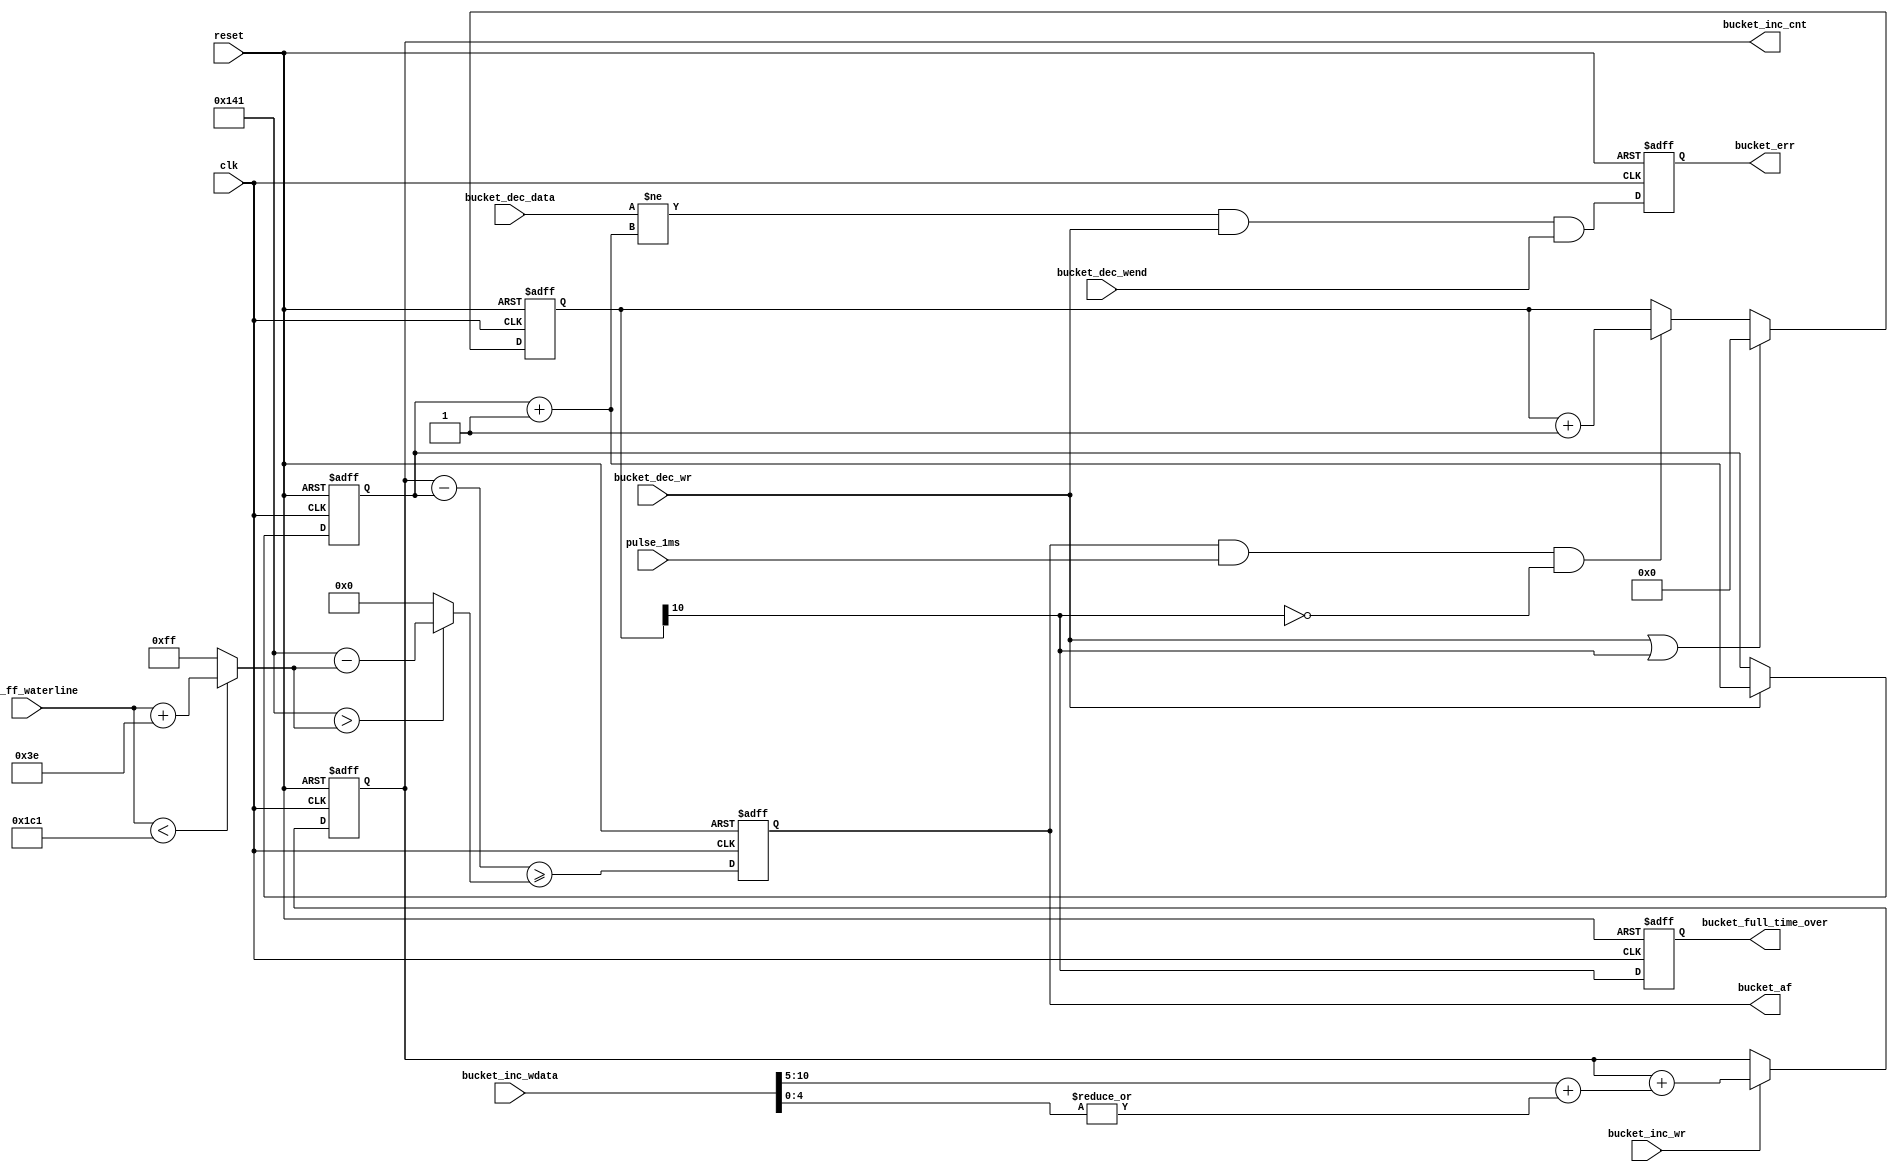
//
//------------------------------------------------------------------------------
//     Copyright (c) 2017 Huawei Technologies Co., Ltd. All Rights Reserved.
//
//     This program is free software; you can redistribute it and/or modify
//     it under the terms of the Huawei Software License (the "License").
//     A copy of the License is located in the "LICENSE" file accompanying
//     this file.
//
//     This program is distributed in the hope that it will be useful,
//     but WITHOUT ANY WARRANTY; without even the implied warranty of
//     MERCHANTABILITY or FITNESS FOR A PARTICULAR PURPOSE. See the
//     Huawei Software License for more details.
//------------------------------------------------------------------------------

`resetall
`timescale      1ns/1ns

module bucket_proc #
    (
      parameter       FIFO_DEPTH         = 9'h1ff  ,
      parameter       DEPTH_WIDTH        = 9       ,
      parameter       LEN_WIDTH          = 11      ,
      parameter       DATA_BWIDTH        = 5       ,
      parameter       MAX_FRM_CNT        = 9'd62   ,
      parameter       REV_LEN            = 9'd128
     )
    (
    // global interface
    input  wire                       clk                   ,//i  1   
    input  wire                       reset                 ,//i  1  

    // bk_int interface
    input  wire  [(DEPTH_WIDTH-1):0]  data_ff_waterline     ,//i  10 
    input  wire                       bucket_inc_wr         ,//i  1 
    input  wire  [(LEN_WIDTH-1):0]    bucket_inc_wdata      ,//i  11
    input  wire                       bucket_dec_wr         ,//i  1 
    input  wire  [(DEPTH_WIDTH-1):0]  bucket_dec_data       ,//i  9
    input  wire                       bucket_dec_wend       ,//i  1 
    input  wire                       pulse_1ms             ,//i  1 
    output reg   [(DEPTH_WIDTH-1):0]  bucket_inc_cnt        ,//o  9 
    output reg                        bucket_af             ,//o  1 
    // others
    output reg                        bucket_err            ,//o  1   
    output reg                        bucket_full_time_over  //o  1   
    );

/******************************************************************************\
    parameters
\******************************************************************************/
localparam      COM_WIDTH          = DEPTH_WIDTH + DATA_BWIDTH - LEN_WIDTH;
localparam      AFF_WL             = FIFO_DEPTH - MAX_FRM_CNT;
/******************************************************************************\
    signal
\******************************************************************************/

reg  [10:0]                 bucket_time_over_cnt;
wire [(DEPTH_WIDTH-1):0]    bucket_inc_pre;
reg  [(DEPTH_WIDTH-1):0]    bucket_dec_cnt;
wire [(DEPTH_WIDTH-1):0]    fifo_size;
wire [(DEPTH_WIDTH-1):0]    fifo_used;
wire [(DEPTH_WIDTH-1):0]    allow_bucket_len;
wire [(DEPTH_WIDTH-1):0]    onway_bucket_len;
wire                        bucket_cnt_err;
/******************************************************************************\
    processes
\******************************************************************************/

//=============================Token bucket Mannger=============================
////////////////////////////////////////////////////////////////////////////////
//clk               |   |   |   |   |   |   |   |   |   |   |
//                  ________________________________ ___________
//port              ________|_0_____________________|_1_________
//                               _______________
//port0_rxff_rd     ____________|               |_______________
//                  ____ ___ ___ ___________ ___ ___ ___ _______
//port0_rdata       _x__|_x_|_x_|_x_|_x_|_0_|_1_|_2_|_3_|_______
//                  ____ ___ ___ ___________ ___ ___ ___ _______
//bucket_inc_pre   _x__|_x_|_x_|_x_|_x_|_a_|_b_|_c_|_d_|_______
//                  ____ ___ ___ ___ ___________ ___ ___ ___ __
//bucket_inc       _x__|_x_|_x_|_x_|_x_|_x_|_a_|_b_|_c_|_d_|__
//                                           _______
//port0_rd_unallow  ________________________|       |___________
//                                               ___
//sch_end           ____________________________|   |___________
//                               _______________
//sch_rd            ____________|               |_______________
//                                   _______________
//sch_rd_d1         ________________|               |___________
//                                       _______________
//sch_rd_vld        ____________________|               |_______

//bucket

assign  bucket_inc_pre     = {{(COM_WIDTH){1'b0}},bucket_inc_wdata[(LEN_WIDTH-1):DATA_BWIDTH]}
                             + {{(DEPTH_WIDTH - 1){1'b0}},(|bucket_inc_wdata[(DATA_BWIDTH-1):0])};

assign  fifo_size          = FIFO_DEPTH - MAX_FRM_CNT - REV_LEN;
assign  fifo_used          = (data_ff_waterline < AFF_WL) ? (data_ff_waterline + MAX_FRM_CNT) : {(DEPTH_WIDTH-1){1'b1}};


assign  allow_bucket_len   = (fifo_size > fifo_used) 
                             ? (fifo_size - fifo_used) : {(DEPTH_WIDTH-1){1'b0}};


assign  onway_bucket_len    =  bucket_inc_cnt - bucket_dec_cnt;

always @ (posedge clk or posedge reset)
    if (reset == 1'b1)
        bucket_af <=  1'b0;
    else
        bucket_af <=  (onway_bucket_len >= allow_bucket_len);

always @ (posedge clk or posedge reset)
    if (reset == 1'b1)
        bucket_inc_cnt <=   {(DEPTH_WIDTH){1'b0}};
    else if ( bucket_inc_wr == 1'b1)
        bucket_inc_cnt <=   bucket_inc_cnt
                                 + bucket_inc_pre;


always @ (posedge clk or posedge reset)
    if (reset == 1'b1)
        bucket_dec_cnt <=  {(DEPTH_WIDTH){1'b0}};
    else if (bucket_dec_wr == 1'b1)
        bucket_dec_cnt <=   bucket_dec_cnt
                                 + {{(DEPTH_WIDTH-1){1'b0}},1'b1};

assign bucket_cnt_err  =  (bucket_dec_data
                           != (bucket_dec_cnt  + {{(DEPTH_WIDTH-1){1'b0}},1'b1}))
                          & bucket_dec_wr & bucket_dec_wend;

//bucket full overtime
always @ (posedge clk or posedge reset)
    if (reset == 1'b1)
       bucket_time_over_cnt <=  11'd0;
    else if(bucket_dec_wr | bucket_time_over_cnt[10])
       bucket_time_over_cnt <=  11'd0;
    else if(bucket_af & pulse_1ms &(bucket_time_over_cnt[10] == 1'b0))
       bucket_time_over_cnt <=  bucket_time_over_cnt + 11'd1;


always @ (posedge clk or posedge reset)
    if (reset == 1'b1)
       bucket_full_time_over <=  1'b0;
    else
       bucket_full_time_over <=  bucket_time_over_cnt[10];

//******************************************************************************
//                                  error and warning
//******************************************************************************
always @ (posedge clk or posedge reset)
    if (reset == 1'b1)
       bucket_err          <=   1'd0;
    else
       bucket_err          <=   bucket_cnt_err;

endmodule